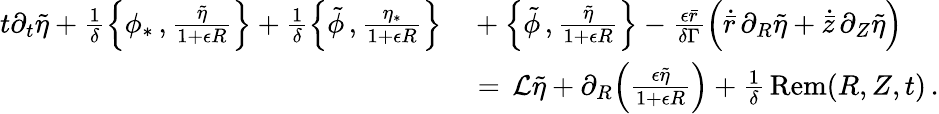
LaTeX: \begin{array}{rl}{t\partial_{t}\tilde{\eta}+\frac{1}{\delta}\Bigl\{ \phi_{*}\, ,\frac{\tilde{\eta}}{1+\epsilon R}\Bigr\} +\frac{1}{\delta}\Bigl\{ \tilde{\phi}\, ,\frac{\eta_{*}}{1+\epsilon R}\Bigr\} }&{{}+\Bigl\{ \tilde{\phi}\, ,\frac{\tilde{\eta}}{1+\epsilon R}\Bigr\} -\frac{\epsilon\bar{r}}{\delta\Gamma}\Bigl(\dot{\bar{r}}\, \partial_{R}\tilde{\eta}+\dot{\bar{z}}\, \partial_{Z}\tilde{\eta}\Bigr)}\\ {\, }&{{}=\, \mathcal{L}\tilde{\eta}+\partial_{R}\Bigl(\frac{\epsilon\tilde{\eta}}{1+\epsilon R}\Bigr)+\frac{1}{\delta}\, \mathrm{Rem}(R,Z,t)\, .}\end{array}